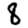
Digit: 8